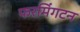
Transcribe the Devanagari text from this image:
फरमिंगटन